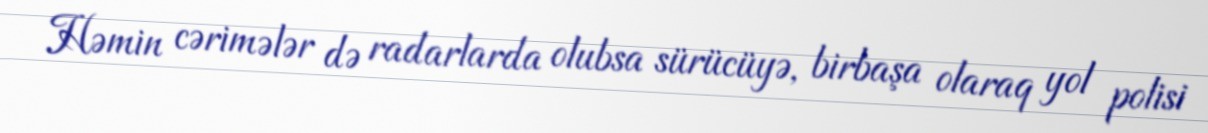
Həmin cərimələr də radarlarda olubsa sürücüyə, birbaşa olaraq yol polisi